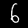
Label: 6